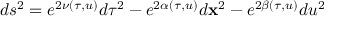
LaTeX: d s ^ { 2 } = e ^ { 2 \nu ( \tau , u ) } d \tau ^ { 2 } - e ^ { 2 \alpha ( \tau , u ) } d { \bf x } ^ { 2 } - e ^ { 2 \beta ( \tau , u ) } d u ^ { 2 }